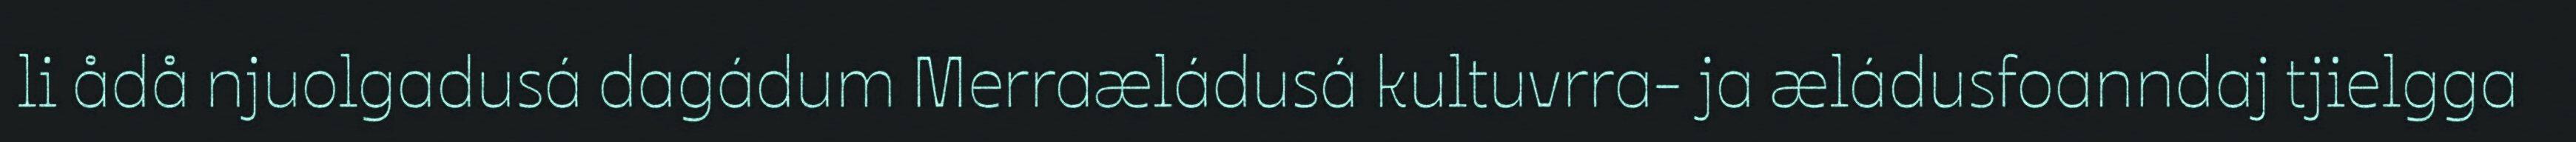
li ådå njuolgadusá dagádum Merraæládusá kultuvrra- ja æládusfoanndaj tjielgga